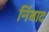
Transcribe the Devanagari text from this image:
निंबाद